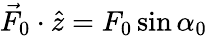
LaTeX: \vec{F}_{0}\cdot\hat{z}=F_{0}\sin\alpha_{0}